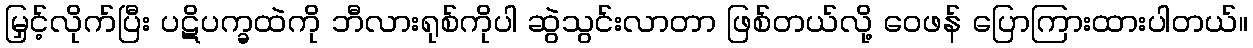
မြှင့်လိုက်ပြီး ပဋိပက္ခထဲကို ဘီလားရုစ်ကိုပါ ဆွဲသွင်းလာတာ ဖြစ်တယ်လို့ ဝေဖန် ပြောကြားထားပါတယ်။